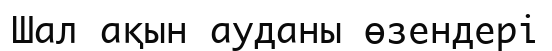
Шал ақын ауданы өзендері